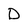
Character: D